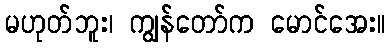
မဟုတ်ဘူး၊ ကျွန်တော်က မောင်အေး။